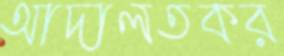
আদালতকর